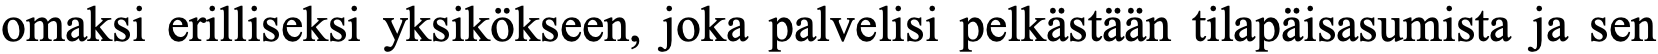
omaksi erilliseksi yksikökseen, joka palvelisi pelkästään tilapäisasumista ja sen